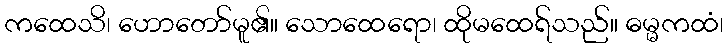
ကထေသိ၊ ဟောတော်မူ၏။ သောထေရော၊ ထိုမထေရ်သည်။ ဓမ္မကထံ၊